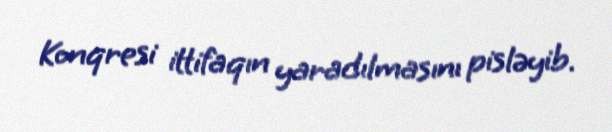
Konqresi ittifaqın yaradılmasını pisləyib.